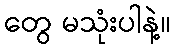
တွေ မသုံးပါနဲ့။